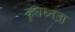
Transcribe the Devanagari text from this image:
कृतघ्नता